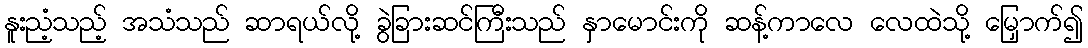
နူးညံ့သည့် အသံသည် ဆာရယ်လို့ ခွဲခြားဆင်ကြီးသည် နှာမောင်းကို ဆန့်ကာလေ လေထဲသို့ မြှောက်၍